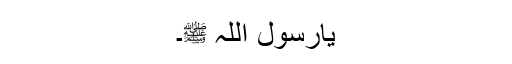
یارسول اللہ ﷺ۔